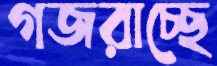
গজরাচ্ছে